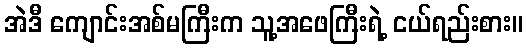
အဲဒီ ကျောင်းအစ်မကြီးက သူ့အဖေကြီးရဲ့ ငယ်ရည်းစား။